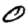
Digit: 0